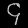
Digit: ၄